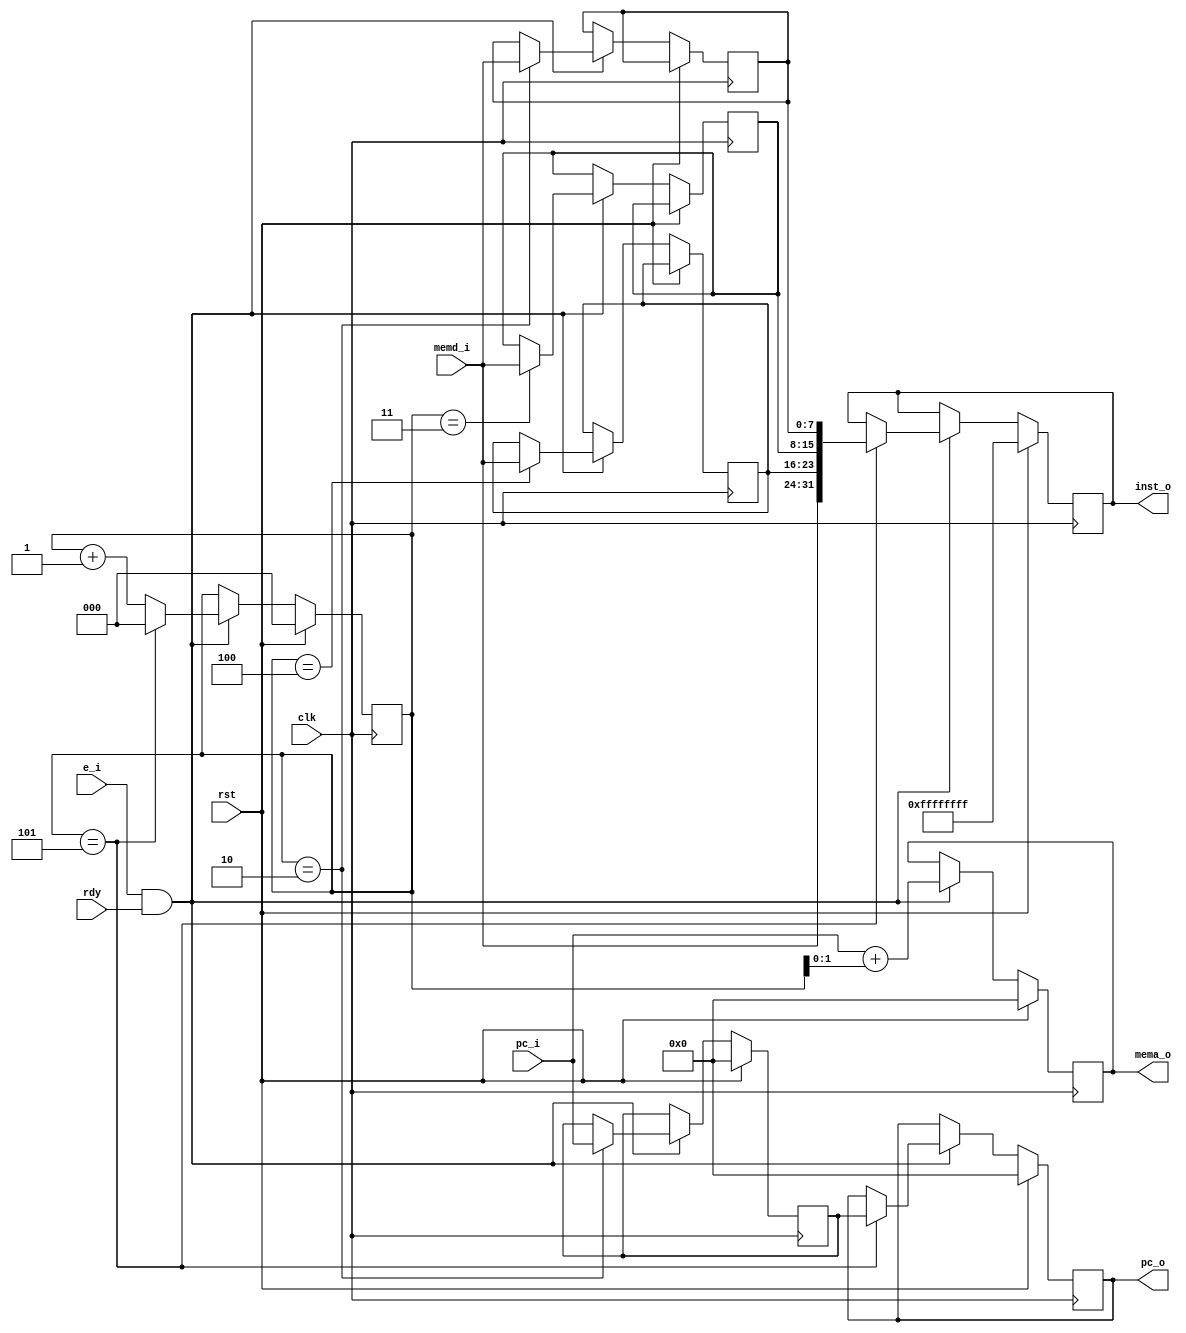
module IF(
    input  wire        clk,
    input  wire        rst,
    input  wire        rdy,
    input  wire        e_i,
    input  wire [31:0] pc_i,
    input  wire [7:0]  memd_i,
    output reg  [31:0] mema_o,
    output reg  [31:0] pc_o,
    output reg  [31:0] inst_o
);

    reg [2:0] cnt;
    reg [7:0] inst0, inst1, inst2;
    reg [31:0] pc;
    
    always @(posedge clk) begin
        if (rst) begin
            cnt <= 1'b0;
            pc_o <= 1'b0;
            pc <= 1'b0;
            inst_o <= 32'hffffffff;
            mema_o <= 1'b0;
        end else if (e_i && rdy) begin
            mema_o <= pc_i + cnt[1:0];
            cnt <= cnt == 3'h5 ? 1'b0 : cnt + 1'b1;
            case (cnt)
                3'h2: begin
                    inst0 <= memd_i;
                    pc <= pc_i;
                end
                3'h3: inst1 <= memd_i;
                3'h4: inst2 <= memd_i;
                3'h5: begin
                    inst_o <= {memd_i, inst2, inst1, inst0};
                    pc_o <= pc;
                end
            endcase
        end
    end
    
endmodule